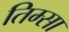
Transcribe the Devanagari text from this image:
तिम्सा